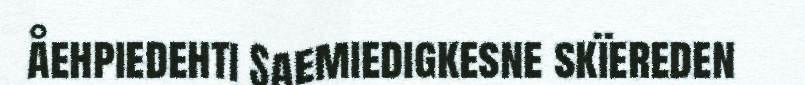
åehpiedehti Saemiedigkesne skïereden